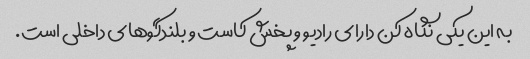
به این یکی نگاه کن دارای رادیو و پخش کاست و بلندگوهای داخلی است.